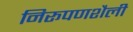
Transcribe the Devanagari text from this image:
निरूपणशैली